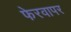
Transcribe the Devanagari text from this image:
फेरवापर